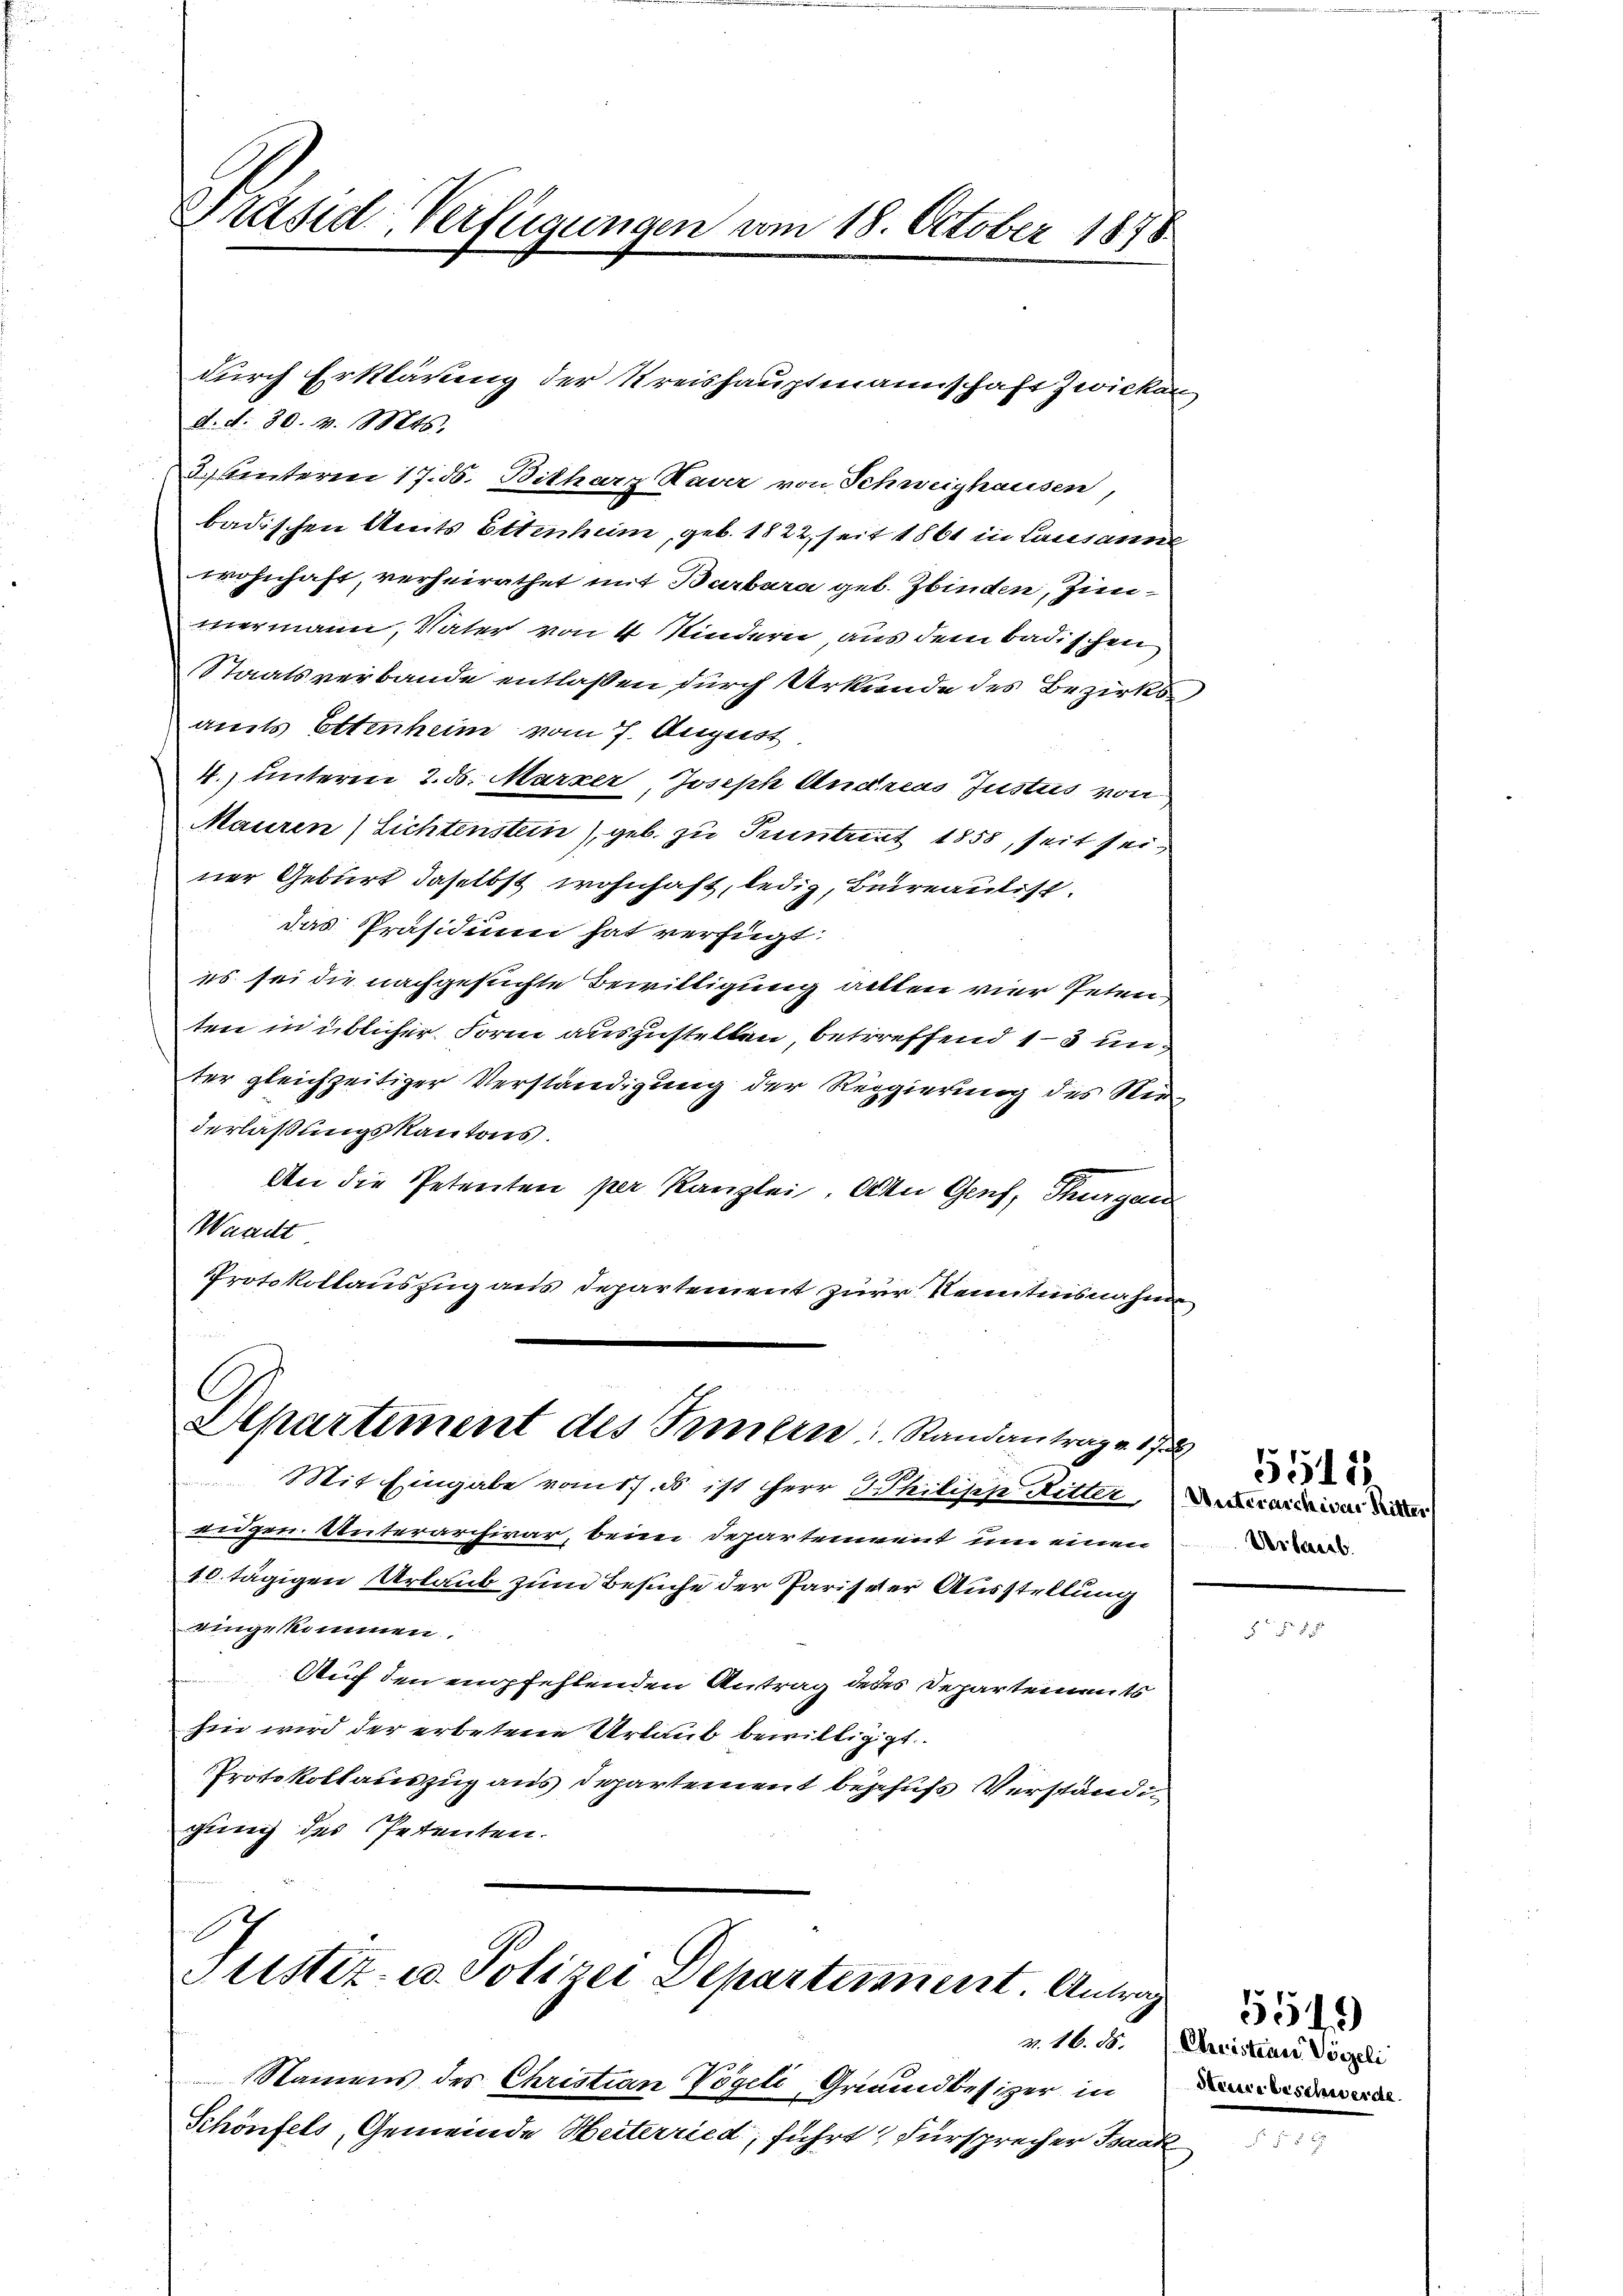
Präsid-Verfügungen am 18. October 1878

d. d. 30. v. Mts.
3. Unteren 17. d. Bitherz Haver von Schweighausen,
badischen Amts Ettenheim, geb. 1822, seit 1861 in Lausanne
wohnhaft, verheirathet mit Barbara geb. Zbinden, Zimmermann, Vater von 4 Kindern, aus dem badischen
Staatsverbande entlaßen durch Urkunde des Bezirksamts Ettenheim vom 7. August
4.) unteren 2. ds. Marzer, Joseph Andreas Justus von
Mauren Lichtenstein), geb. zu Pruntert 1858, seit seiner Geburt daselbst wohnhaft, ledig, Beirantist.
das Präsidium hat verfügt:
es sei die nachgesuchte Bewilligung allten vier Peten
ten in üblicher Form auszustellen, betreffend 13 und
ter gleichzeitiger Verständigung der Regierung des Niederlaßungskantons.
An die Petenten per Kanzlei. Alle Genf, Thurgau
Waadt
Protokollauszug aus Departement zur Kenntnisnahm
Departiment des Immern, Randantrag a. 17
 Mit Eingabe vom 17. ds. ist herr Philisch Ritter, Vaterartier die
eidgen. Unterarchivar, beim Departement um einen
10 tägigen Urlaub zum Besuche der Pariseter Ausstellung
eingekommen.
Auf den empfehlenden Antrag deses Departements
hin wird der erbetene Urlaub bewilligigt.
Protokollauszug aus Departement beschufs Verständig
gung des Petenten.
Justiz- u. Polizei Departement. Antrag
Namens des Christian Vögeli, Grundbesizer in
Schönfels, Gemeinde Heiterried, führt: Fürsprecher Isaak

durch Erklärung der Kreishauptmannschaft Zwicken,

3

Urlaub

5512.

d.

a. M. D. Christian Vorzeli
Steuer beschwerde.

5519